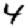
Digit: 4